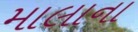
માલાના